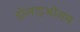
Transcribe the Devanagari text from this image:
डोलाइओलम